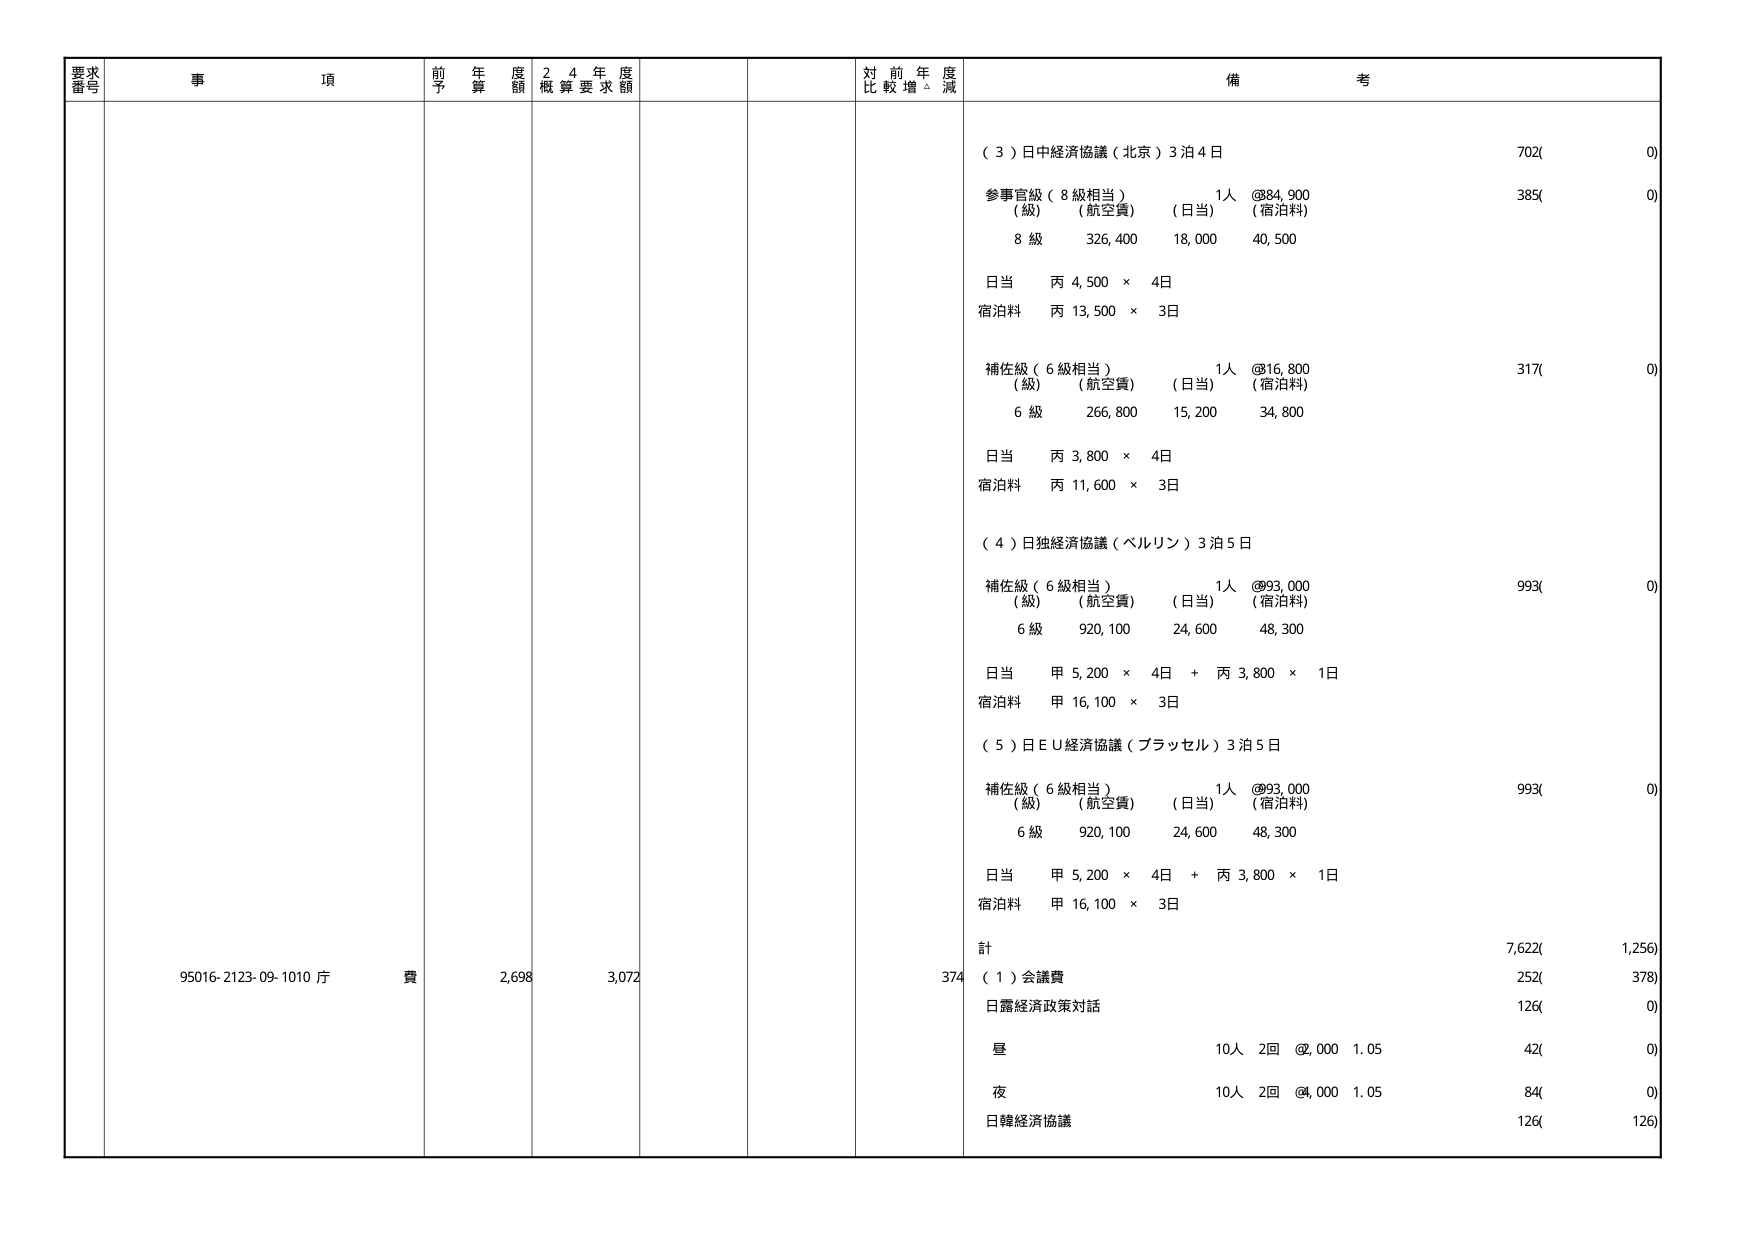
要求番号
事項
前年度予算額
24年度概算要求額
対前年度比較増減
備考
（３）日中経済協議（北京）3泊4日
702(0)
参事官級（8級相当）
1人 @84,900
385(0)
（級）（航空費）（日当）（宿泊料）
8級 326,400 18,000 40,500
日当 丙 4,500 × 4日
宿泊料 丙 13,500 × 3日
補佐級（6級相当）
1人 @316,800
317(0)
（級）（航空費）（日当）（宿泊料）
6級 266,800 15,200 34,800
日当 丙 3,800 × 4日
宿泊料 丙 11,600 × 3日
（４）日独経済協議（ベルリン）3泊5日
補佐級（6級相当）
1人 @93,000
993(0)
（級）（航空費）（日当）（宿泊料）
6級 920,100 24,600 48,300
日当 甲 5,200 × 4日 + 丙 3,800 × 1日
宿泊料 甲 16,100 × 3日
（５）日ＥＵ経済協議（ブラッセル）3泊5日
補佐級（6級相当）
1人 @93,000
993(0)
（級）（航空費）（日当）（宿泊料）
6級 920,100 24,600 48,300
日当 甲 5,200 × 4日 + 丙 3,800 × 1日
宿泊料 甲 16,100 × 3日
計 7,622(1,256)
95016-2123-09-1010 斤 費 2,698 3,072 374
（１）会議費 252(378)
日露経済政策対話 126(0)
昼 10人 2回 @2,000 1.05 42(0)
夜 10人 2回 @4,000 1.05 84(0)
日韓経済協議 126(126)